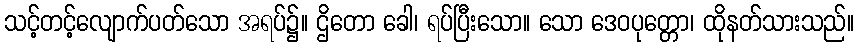
သင့်တင့်လျောက်ပတ်သော အရပ်၌။ ဌိတော ခေါ၊ ရပ်ပြီးသော။ သော ဒေဝပုတ္တော၊ ထိုနတ်သားသည်။